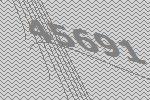
45691